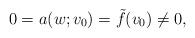
LaTeX: \begin{align*}0 = a(w; v_0) = \tilde{f}(v_0) \neq 0 ,\end{align*}